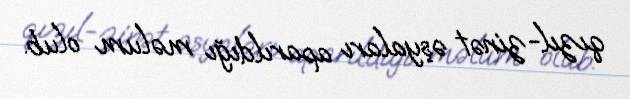
qızıl-zinət əşyaları aparıldığı məlum olub.